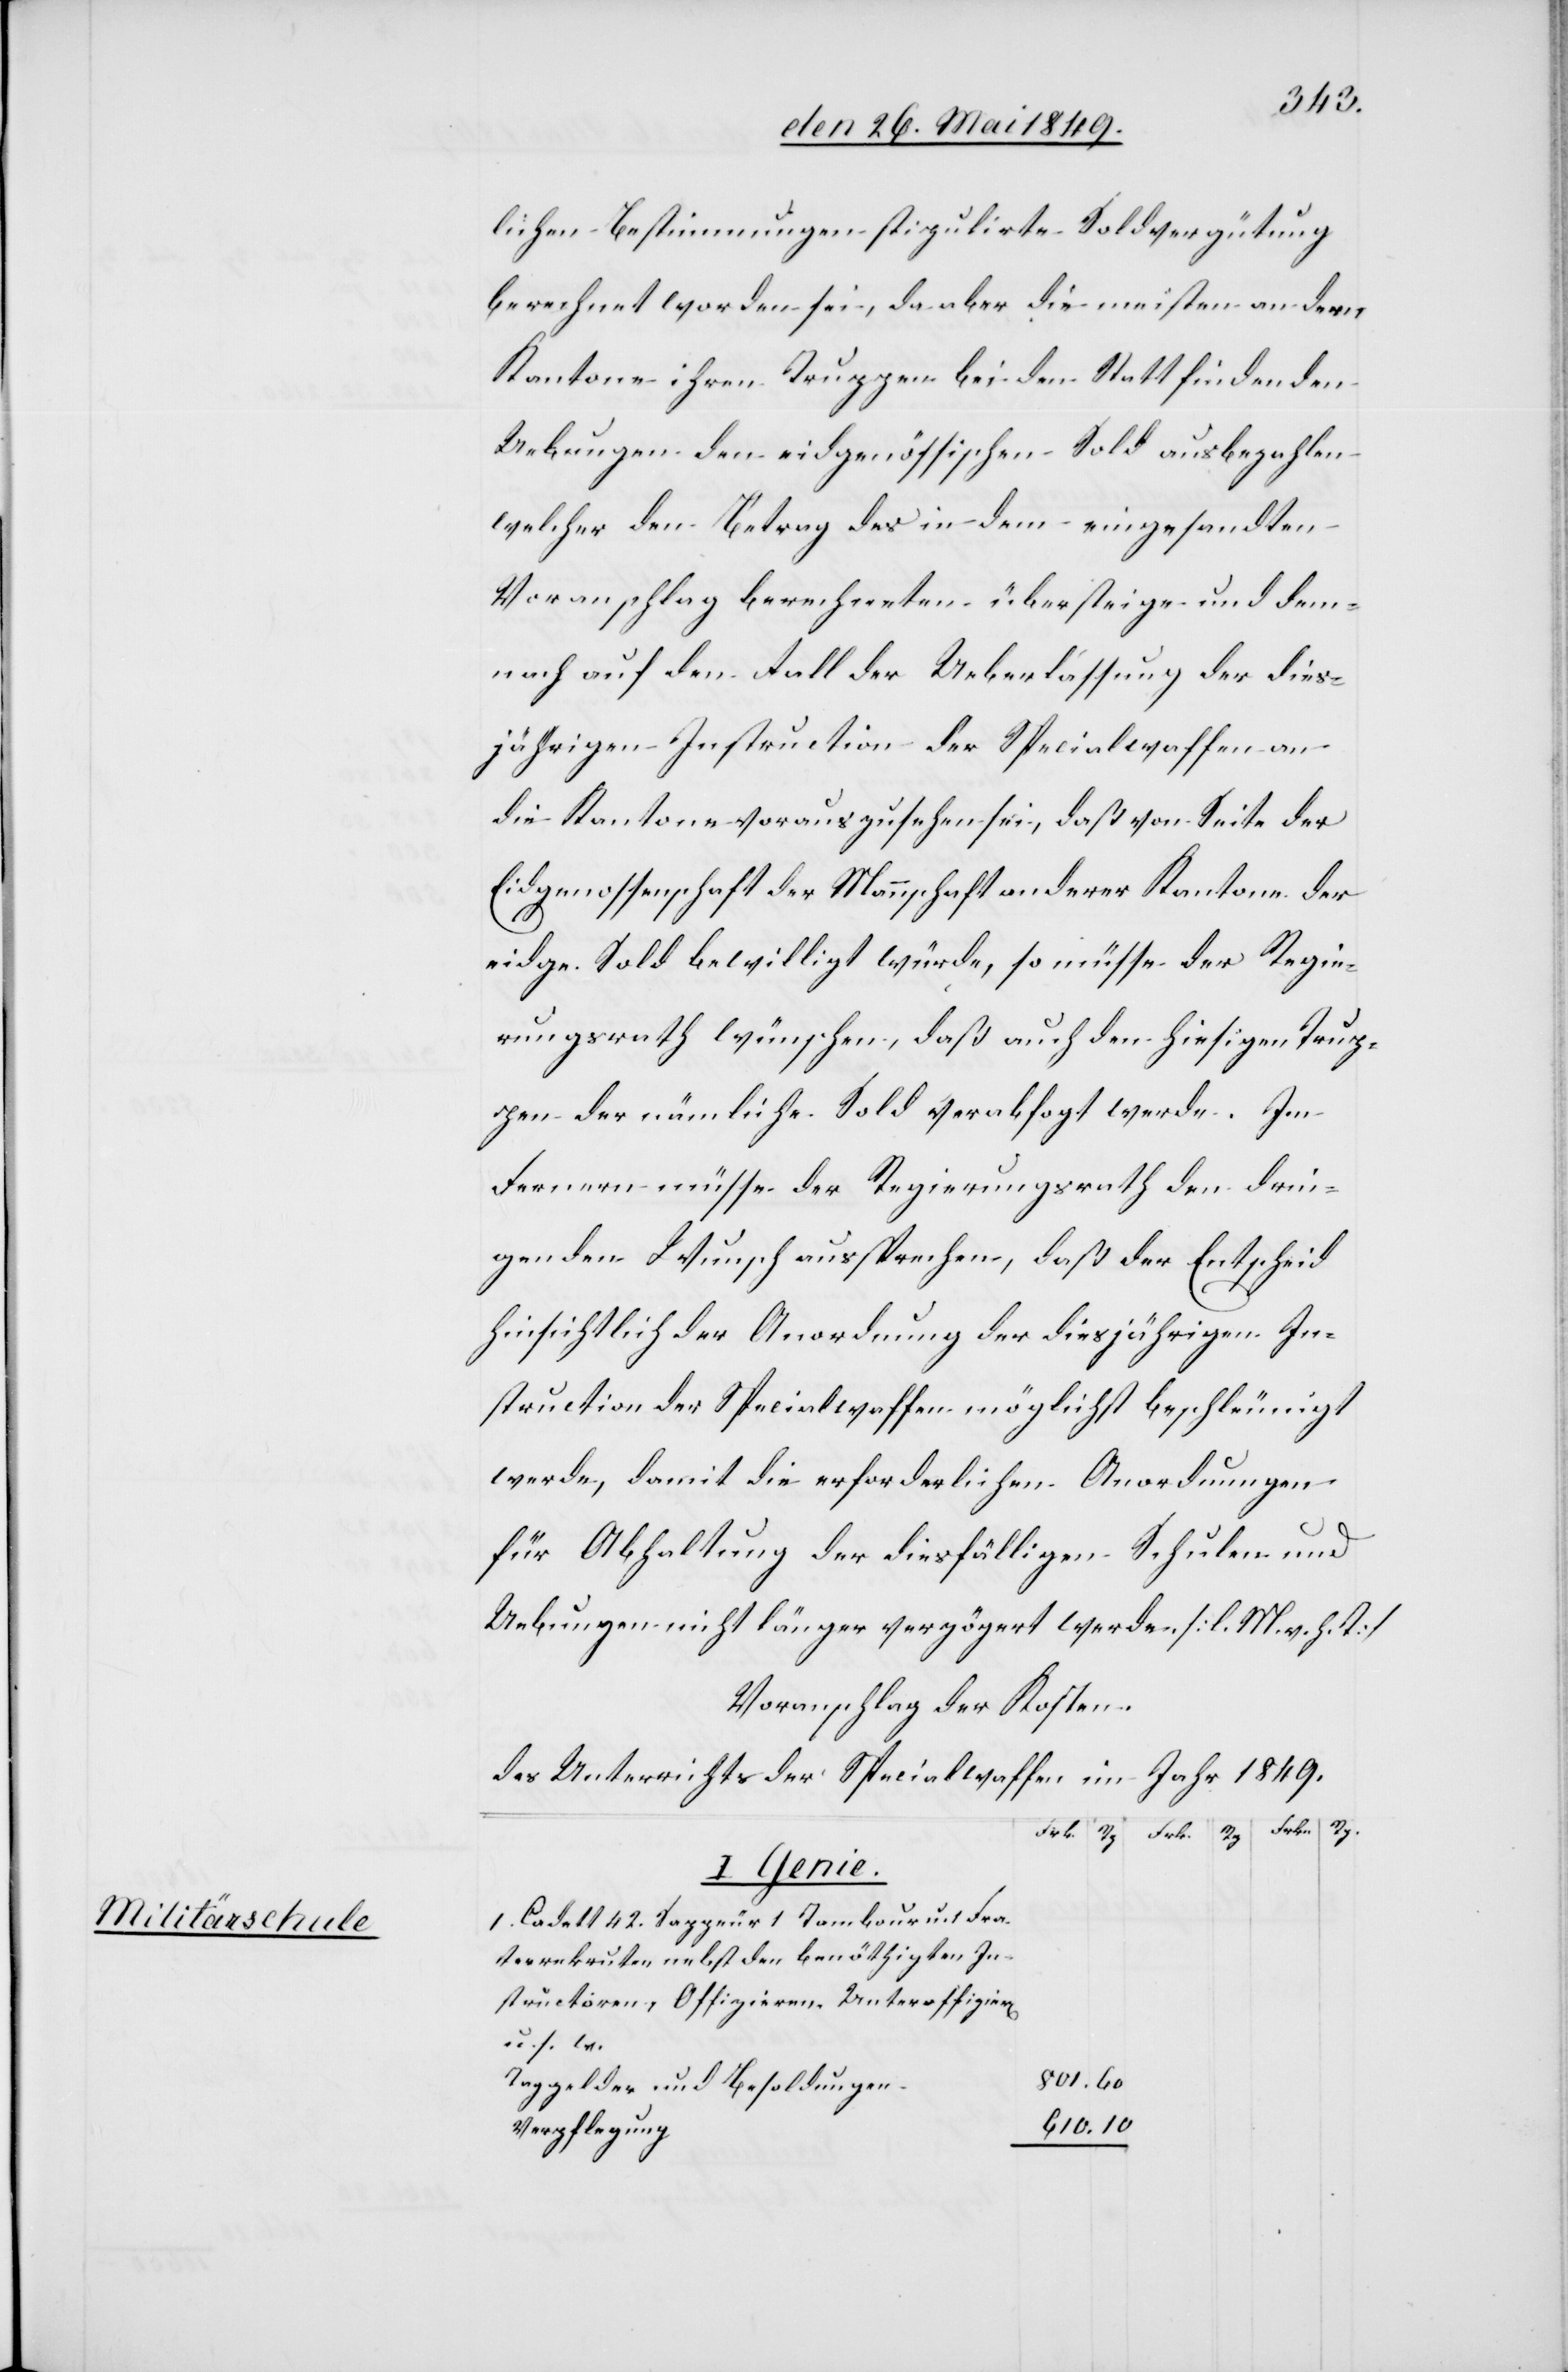
Militärschule

lichen Bestimmungen stipulirte Soldvergütung
berechnet worden sei, da aber die meisten andern
Kantone ihren Truppen bei den Statt findenden
Uebungen den eidgenössischen Sold ausbezahlen
welcher den Betrag des in dem eingesandten
Voranschlag berechneten übersteige und dem¬
nach auf den Fall der Ueberlassung der dies¬
jährigen Instruction der Specialwaffen an
die Kantone vorauszusehen sei, daß von Seite der
Eidgenossenschaft der Mannschaft anderer Kantone der
eidg. Sold bewilligt würde, so müsse der Regie¬
rungsrath wünschen, daß auch den hiesigen Trup¬
pen der nämliche Sold verabfo[l]gt werde. Im
Fernern müsse der Regierungsrath den drin¬
genden Wunsch aussprechen, daß der Entscheid
hinsichtlich der Anordnung der diesjährigen In¬
struction der Specialwaffen möglichst beschleunigt
werde, damit die erforderlichen Anordnungen
für Abhaltung der diesfälligen Schulen und
Uebungen nicht länger verzögert werde [l. M. h. T]
I. Genie.
1. Cadett 42 Sappeur 1 Tambour u. 1. Fra¬
terrekruten nebst den benöthigten In¬
structionen, Offizieren, Unteroffizier[en]
u. s. w.
Taggelder und Besoldungen
Verpflegung